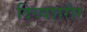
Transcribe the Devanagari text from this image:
दिव्यशरीर